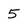
Character: 5